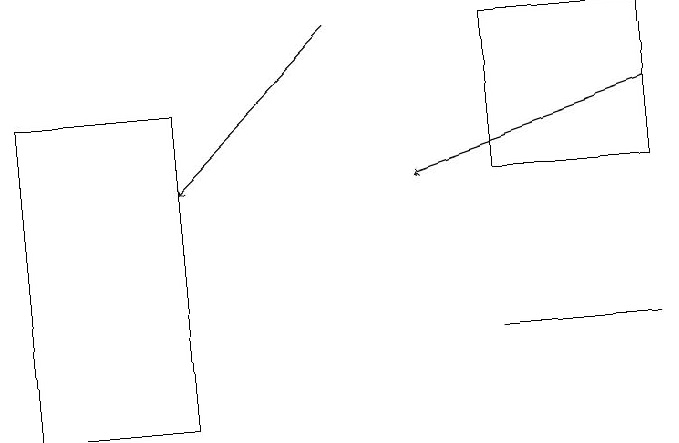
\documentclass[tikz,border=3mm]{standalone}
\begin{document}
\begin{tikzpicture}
\draw (1,11) rectangle (3,15);
\draw[->] (9,15) -- (6,14);
\draw (9,12) rectangle (7,12);
\draw (7,16) rectangle (9,14);
\draw[->] (5,16) -- (3,14);
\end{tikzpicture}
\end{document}